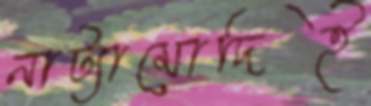
নাট্যামোদিই